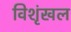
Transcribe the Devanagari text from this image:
विशृंखल